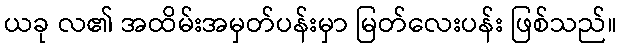
ယခု လ၏ အထိမ်းအမှတ်ပန်းမှာ မြတ်လေးပန်း ဖြစ်သည်။